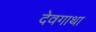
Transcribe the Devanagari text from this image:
देवगाथा